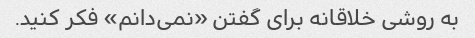
به روشی خلاقانه برای گفتن «نمی‌دانم» فکر کنید.